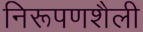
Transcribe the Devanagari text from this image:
निरूपणशैली